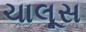
ચાલૂસ